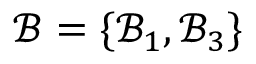
\boldsymbol { \mathcal { B } } = \{ \mathcal { B } _ { 1 } , \mathcal { B } _ { 3 } \}